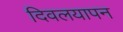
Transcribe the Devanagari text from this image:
दिवलयापन